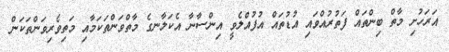
އަރަހުށި މާތް ބިންތައް ފަތުރުއްވައި އުޑުތަަައް އުފުއްލެވީ އިންސާނާ އެކަލާނގެ މާތްވަންތަކަމާއި މަތިވެރިވަންތަކަން